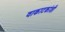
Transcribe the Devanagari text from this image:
वाकाटकांशी